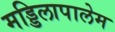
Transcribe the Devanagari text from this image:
मड्डिलापालेम